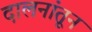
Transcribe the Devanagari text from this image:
दालनांतून